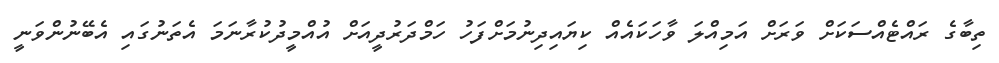
ތިބާގެ ރައްޓެއްސަކަށް ވަރަށް އަމިއްލަ ވާހަކައެއް ކިޔައިދިނުމަށްފަހު ހަމްދަރުދީއަށް އުއްމީދުކުރާނަމަ އެތަނުގައި އެބޭނުންވަނީ